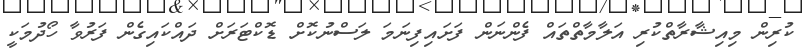
ކުރިން މިއިޝާރާތްކުރި އަލާމާތްތައް ފެންނަން ފަށައިފިނަމަ ލަސްނުކޮށް ޑޮކްޓަރަށް ދައްކައިގެން ފަރުވާ ހޯދުމަކީ